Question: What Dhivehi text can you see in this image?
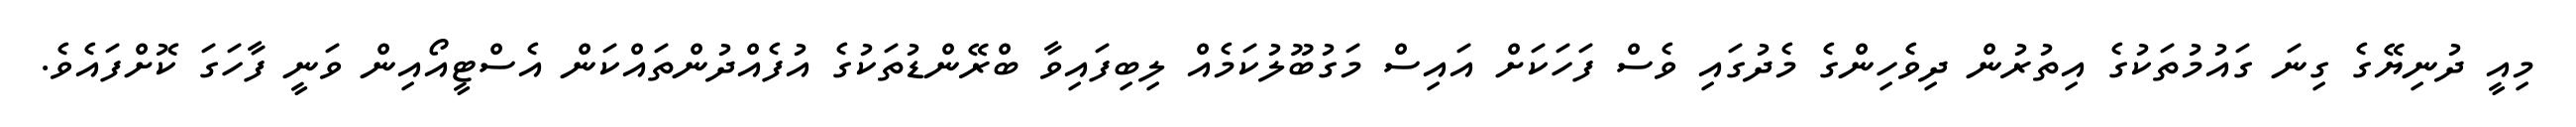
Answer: މިއީ ދުނިޔޭގެ ގިނަ ގައުމުތަކުގެ އިތުރުން ދިވެހިންގެ މެދުގައި ވެސް ފަހަކަށް އައިސް މަގުބޫލުކަމެއް ލިބިފައިވާ ބްރޭންޑުތަކުގެ އުފެއްދުންތައްކަން އެސްޓީއޯއިން ވަނީ ފާހަގަ ކޮށްފައެވެ.